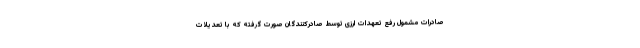
صادرات مشمول رفع تعهدات ارزی توسط صادرکنندگان صورت گرفته که با تعدیلات